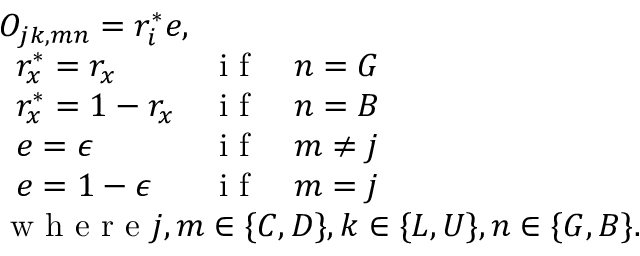
\begin{array} { l } { O _ { j k , m n } = r _ { i } ^ { * } e , } \\ { \begin{array} { l l l } { r _ { x } ^ { * } = r _ { x } } & { \mathrm { ~ i ~ f ~ } } & { n = G } \\ { r _ { x } ^ { * } = 1 - r _ { x } } & { \mathrm { ~ i ~ f ~ } } & { n = B } \\ { e = \epsilon } & { \mathrm { ~ i ~ f ~ } } & { m \neq j } \\ { e = 1 - \epsilon } & { \mathrm { ~ i ~ f ~ } } & { m = j } \end{array} } \\ { \mathrm { ~ w ~ h ~ e ~ r ~ e ~ } j , m \in \{ C , D \} , k \in \{ L , U \} , n \in \{ G , B \} . } \end{array}